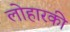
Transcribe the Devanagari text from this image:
लोहारकी